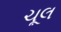
ચૂલ